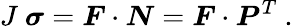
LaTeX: J~{\boldsymbol{\sigma}}={\boldsymbol{F}}\cdot{\boldsymbol{N}}={\boldsymbol{F}}\cdot{\boldsymbol{P}}^{T}~.